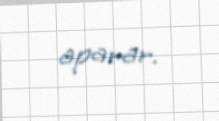
aparar.